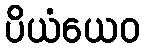
ပိယံယေဝ